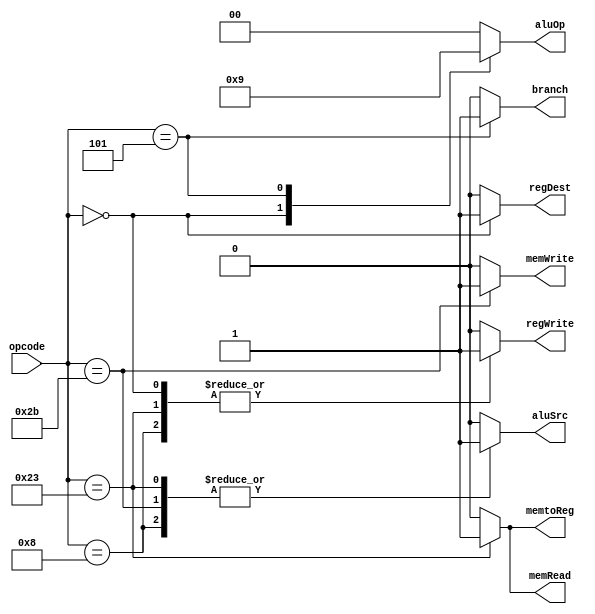
/*##########################################################################################
Note: Please dont upload the assignments, template file/solution and lab. manual on GitHub or others public repository. 
Kindly remove them, if you have uploaded the previous assignments. 
It violates the BITSs Intellectual Property Rights (IPR).
*******************************************************************************************/
`define ADDI 6'd8
`define LW 6'd35
`define SW 6'd43
`define BNE 6'd5
`define ADD 6'd0

module controlCircuit(input [5:0] opcode, output reg [1:0] aluOp, output reg aluSrc, output reg branch, output reg memWrite, output reg memRead, output reg memtoReg, output reg regDest, output reg regWrite );
	//WRITE YOUR CODE HERE, NO NEED TO DEFINE NEW VARIABLES
	always @(opcode) 
		begin
			aluOp = 2'b00;
			aluSrc = 0;
			branch = 0;
			memWrite = 0;
			memRead = 0;
			memtoReg = 0;
			regDest = 0;
			regWrite = 0;

			case(opcode)
				`ADD:
					begin
						aluOp = 2'b10;
						regDest = 1;
						regWrite = 1;
					end

				`LW:
					begin
						aluSrc = 1;
						memRead = 1;
						regWrite = 1;
						memtoReg = 1;
					end

				`SW:
					begin
						aluSrc = 1;
						memWrite = 1;
					end

				`BNE:
					begin
						aluOp = 2'b01;
						branch = 1;
					end

				`ADDI:
					begin
						aluSrc = 1;
						regWrite = 1;
					end
			endcase
		end
endmodule